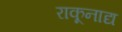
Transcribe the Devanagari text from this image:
राकूनाद्य